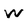
Character: w